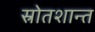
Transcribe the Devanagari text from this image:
स्रोतशान्त